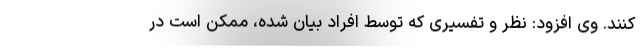
‌کنند. وی افزود: نظر و تفسیری که توسط افراد بیان شده، ممکن است در